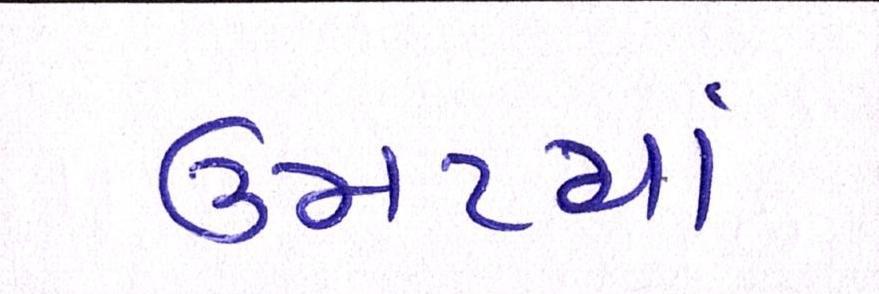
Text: ઉમટયાં